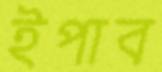
ইপাব